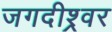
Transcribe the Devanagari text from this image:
जगदीश्र्वर